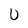
Character: U